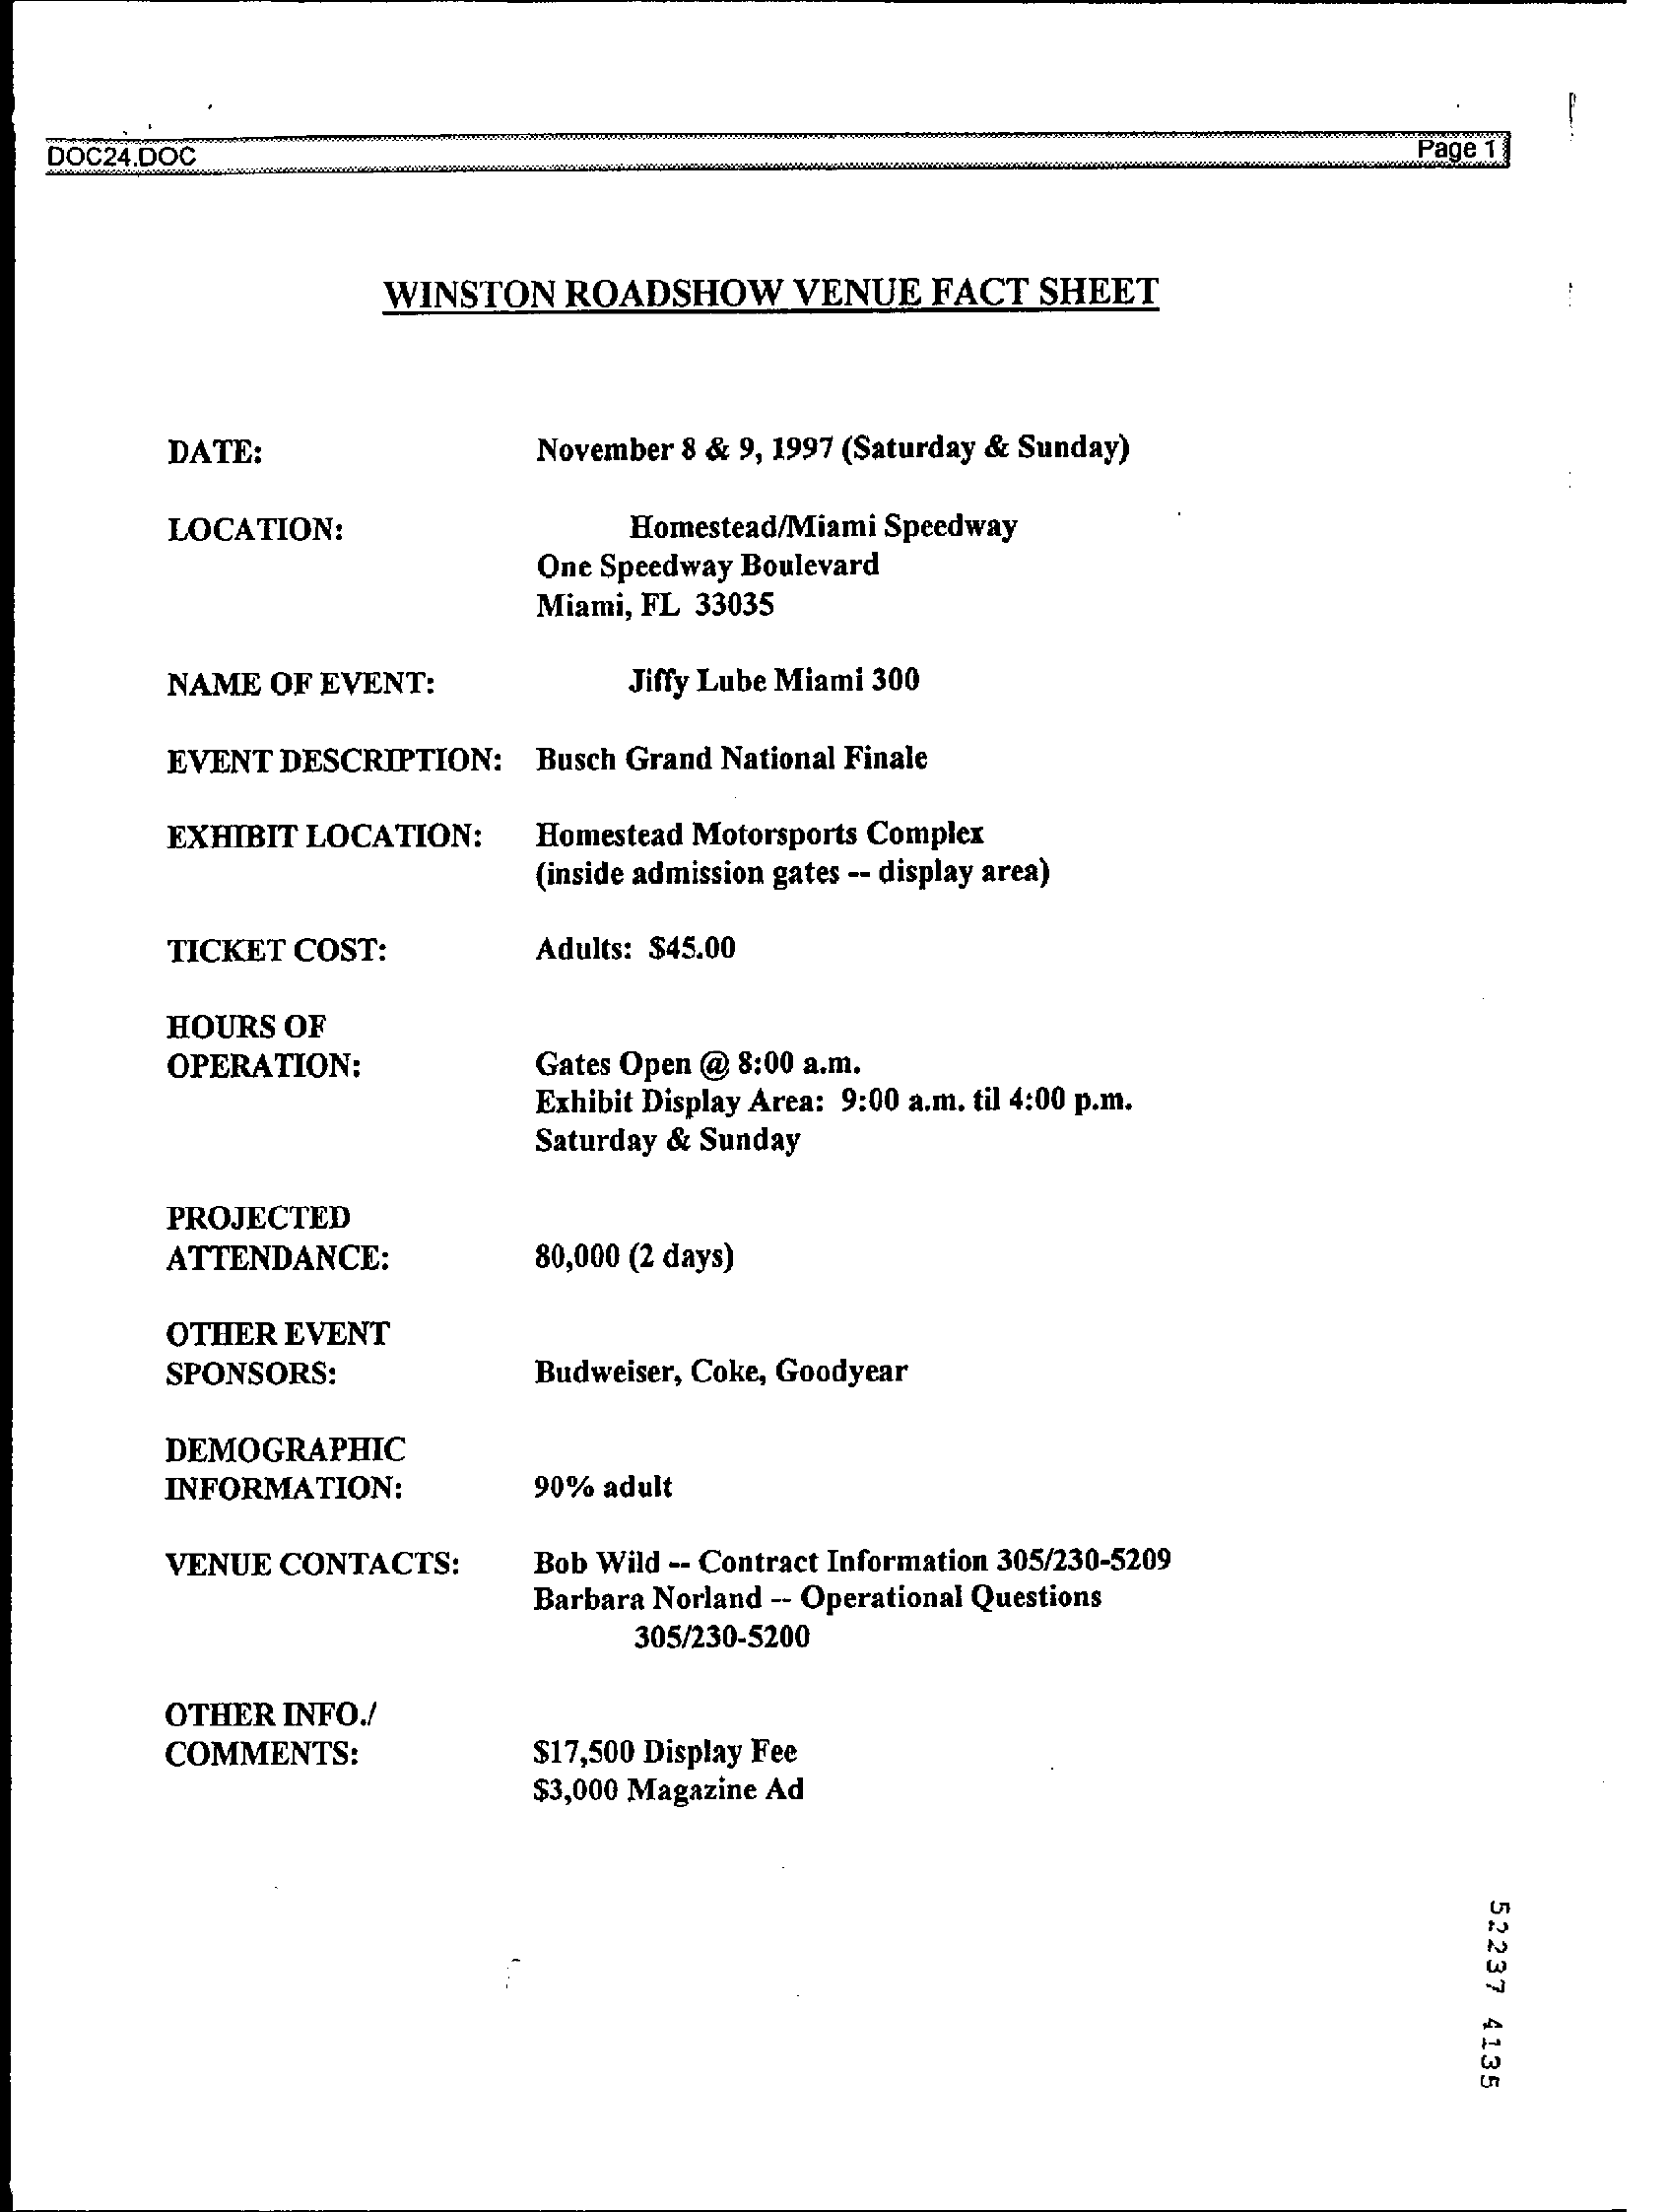
DOC24.DOC    Page 1
     WINSTON  ROADSHOW    VENUE  FACT  SHEET
     DATE:    November 8 & 9, 1997 (Saturday & Sunday)
     LOCATION:    Homestead/Miami Speedway
     One Speedway Boulevard
     Miami, FL 33035
     NAME  OF EVENT:    Jiffy Lube Miami 300
     EVENT DESCRIPTION:  Busch Grand National Finale
     EXHIBIT LOCATION:   Homestead Motorsports Complex
     (inside admission gates -- display area)
     TICKET COST:    Adults: $45.00
     HOURS OF
     OPERATION:    Gates Open @ 8:00 a.m.
     Exhibit Display Area: 9:00 a.m. til 4:00 p.m.
     Saturday & Sunday
     PROJECTED
     ATTENDANCE:    80,000 (2 days)
     OTHER EVENT
     SPONSORS:    Budweiser, Coke, Goodyear
     DEMOGRAPHIC
     INFORMATION:    90% adult
     VENUE CONTACTS:    Bob Wild -- Contract Information 305/230-5209
     Barbara Norland -- Operational Questions
     305/230-5200
     OTHER INFO./
     COMMENTS:    $17,500 Display Fee
     $3,000 Magazine Ad
     52237
     4135